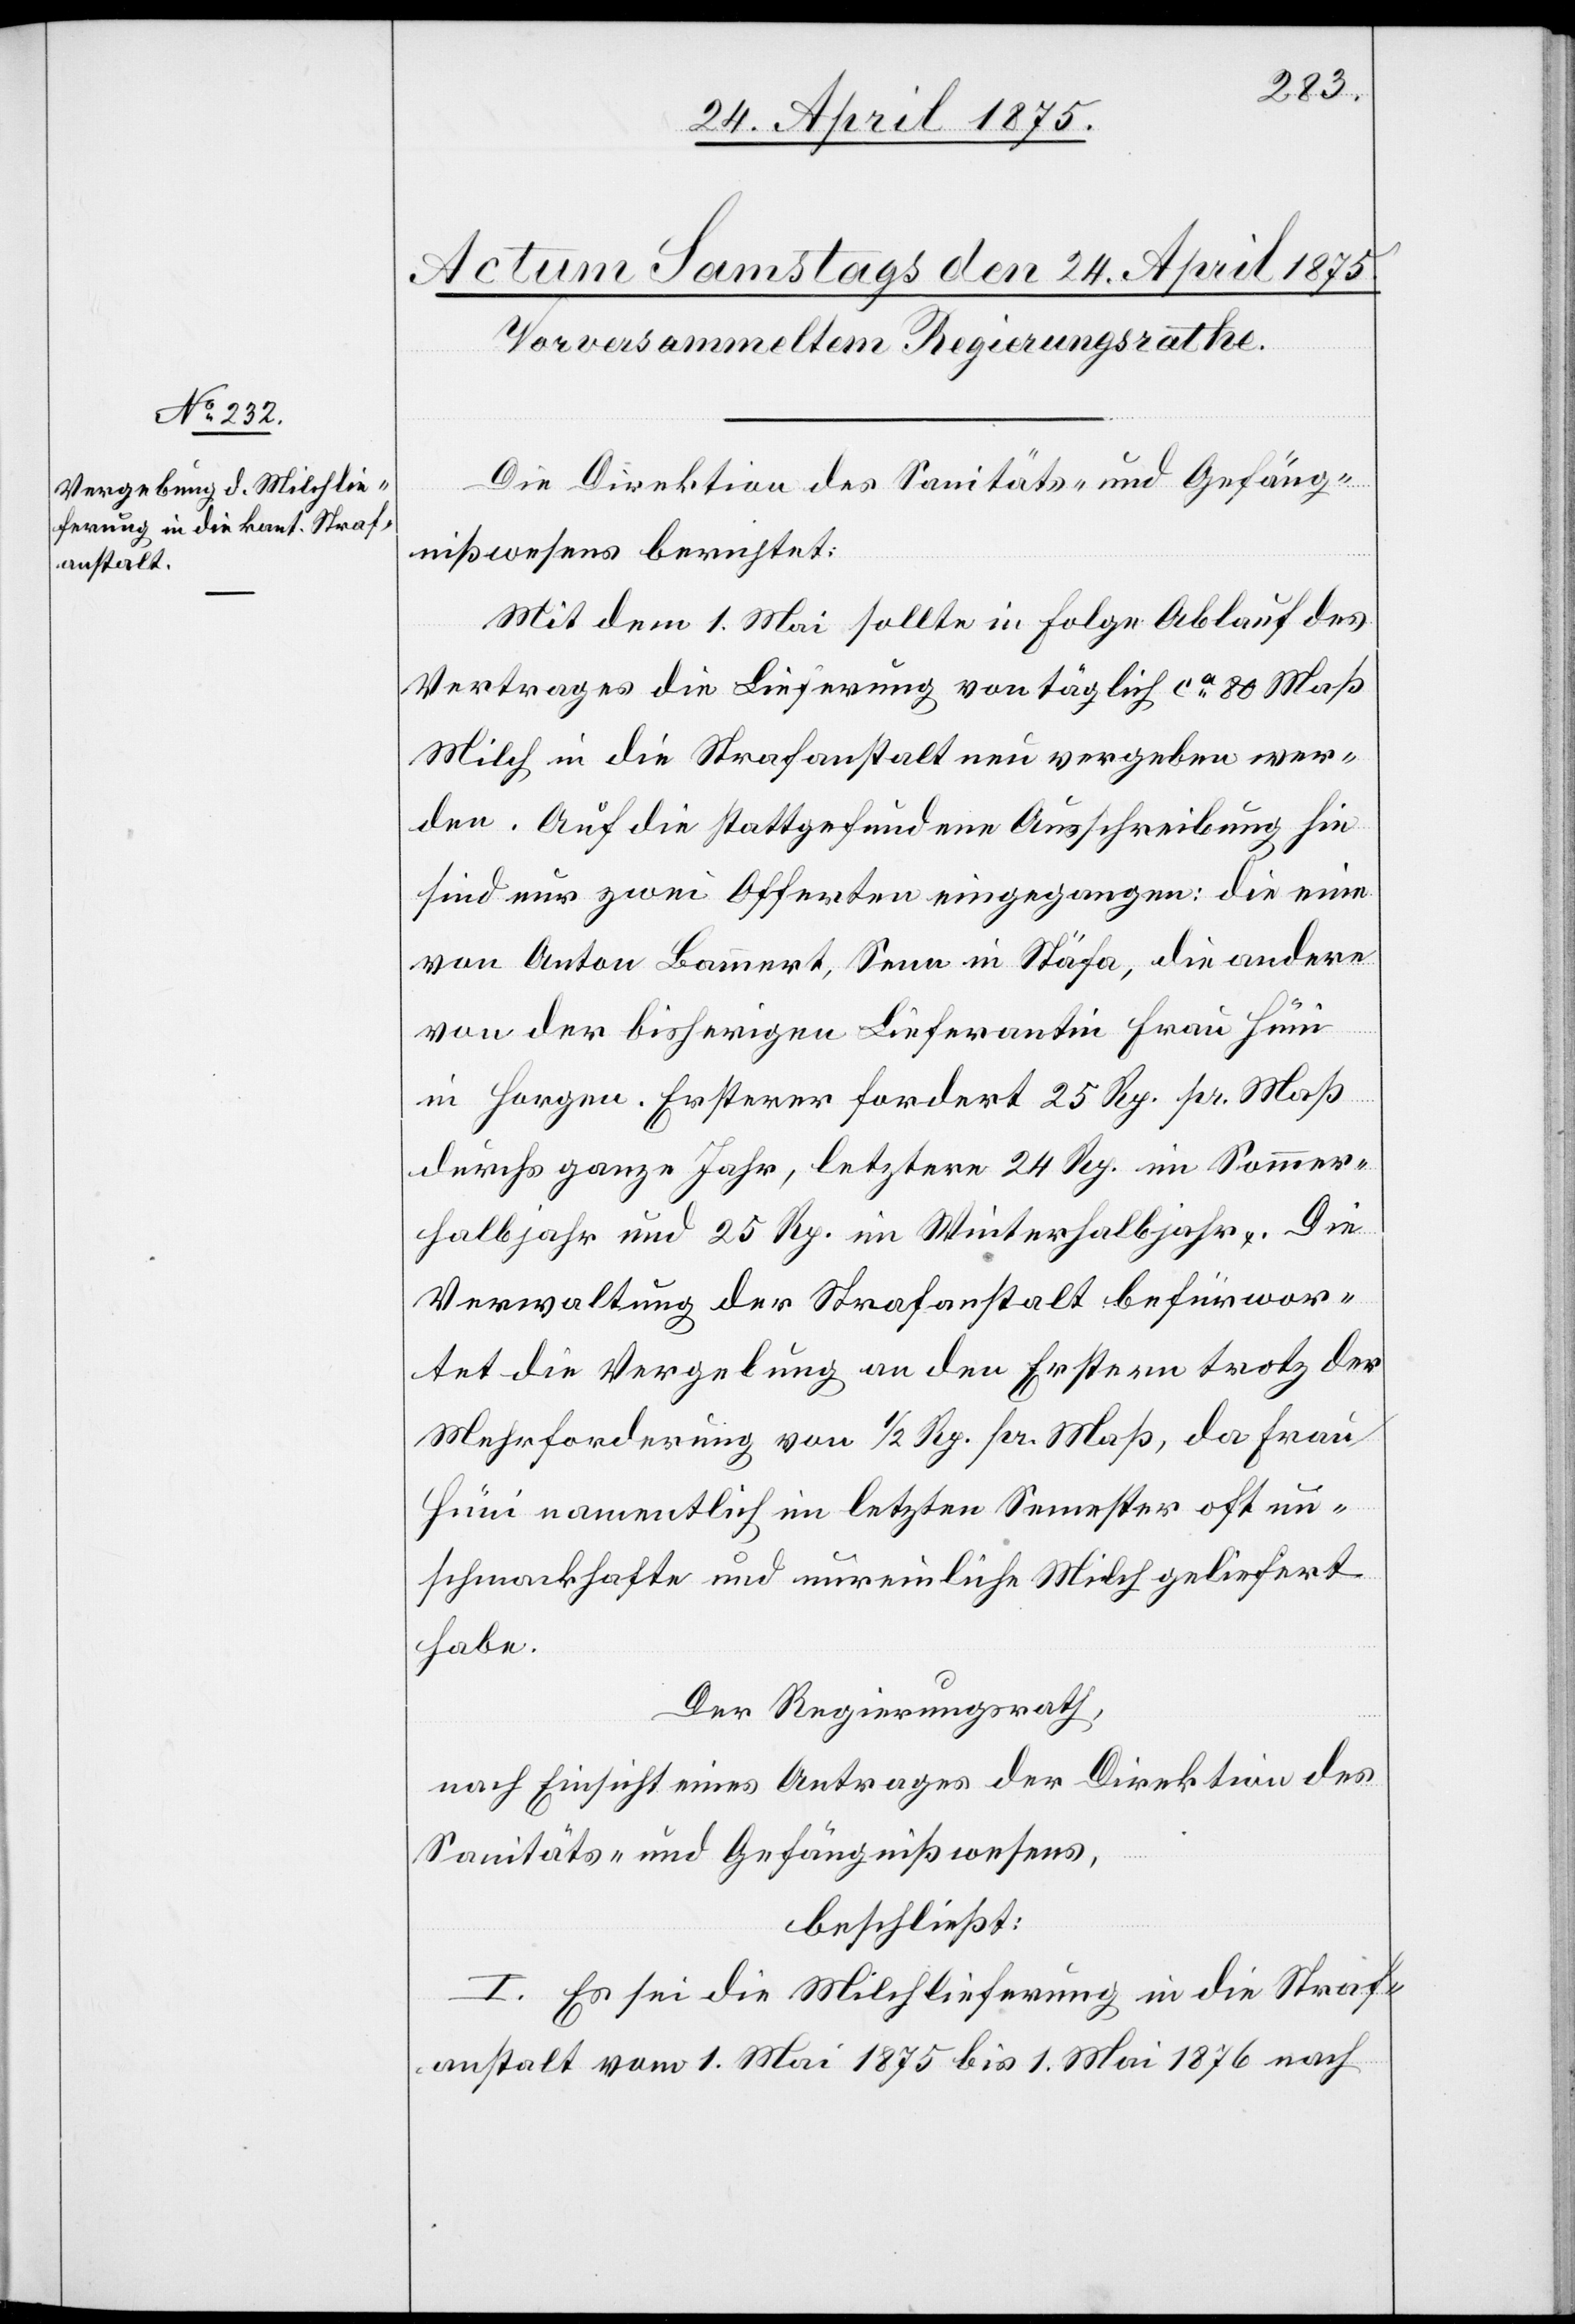
Die Direktion des Sanitäts- und Gefäng¬
nißwesens berichtet:
Mit dem 1. Mai sollte in Folge Ablauf des
Vertrages die Lieferung von täglich ca 80 Maß
Milch in die Strafanstalt neu vergeben wer¬
den. Auf die stattgefundene Ausschreibung hin
sind nur zwei Offerten eingegangen: die eine
von Anton Bauert, Senn in Stäfa, die andere
von der bisherigen Lieferantin Frau Hüni
in Horgen. Ersterer fordert 25 Rp. pr. Maß
durchs ganze Jahr, letztere 24 Rp. im Sommer
Halbjahr und 25 Rp. im Winterhalbjahr. Die
Verwaltung der Strafanstalt befürwor¬
tet die Vergeltung an den Erstern trotz der
Mehrforderung von 1/2 Rp. pr. Maß, da Frau
Hüni namentlich im letzten Semester oft un¬
schmackhafte und unreinliche Milch geliefert
habe.
Der Regierungsrath,
nach Einsicht eines Antrages der Direktion des
Sanitäts- und Gefängnißwesens,
beschließt:
I. Es sei die Milchlieferung an die Straf¬
anstalt vom 1. Mai 1875 bis 1. Mai 1876 nach